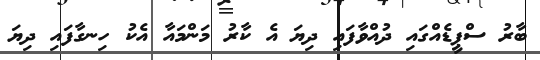
ބާރު ސްޕީޑެއްގައި ދުއްވާފައި ދިޔަ އެ ކާރު މަންމައާ އެކު ހިނގާފައި ދިޔަ